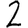
Digit: 2